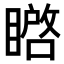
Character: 𭿚